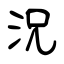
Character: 況